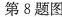
第8题图